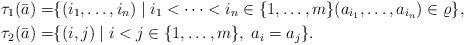
LaTeX: \begin{align*}{\tau}_1(\bar{a}) =& \{ (i_1,\dots,i_n)\mid i_1<\dots <i_n\in\{1,\dots ,m\} (a_{i_1},\dots,a_{i_n})\in\varrho\}, \\{\tau}_2(\bar{a}) =& \{ (i,j)\mid i<j\in \{1,\dots ,m\}, \; a_i=a_j\}.\end{align*}